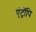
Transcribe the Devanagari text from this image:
एंट्रॉपि